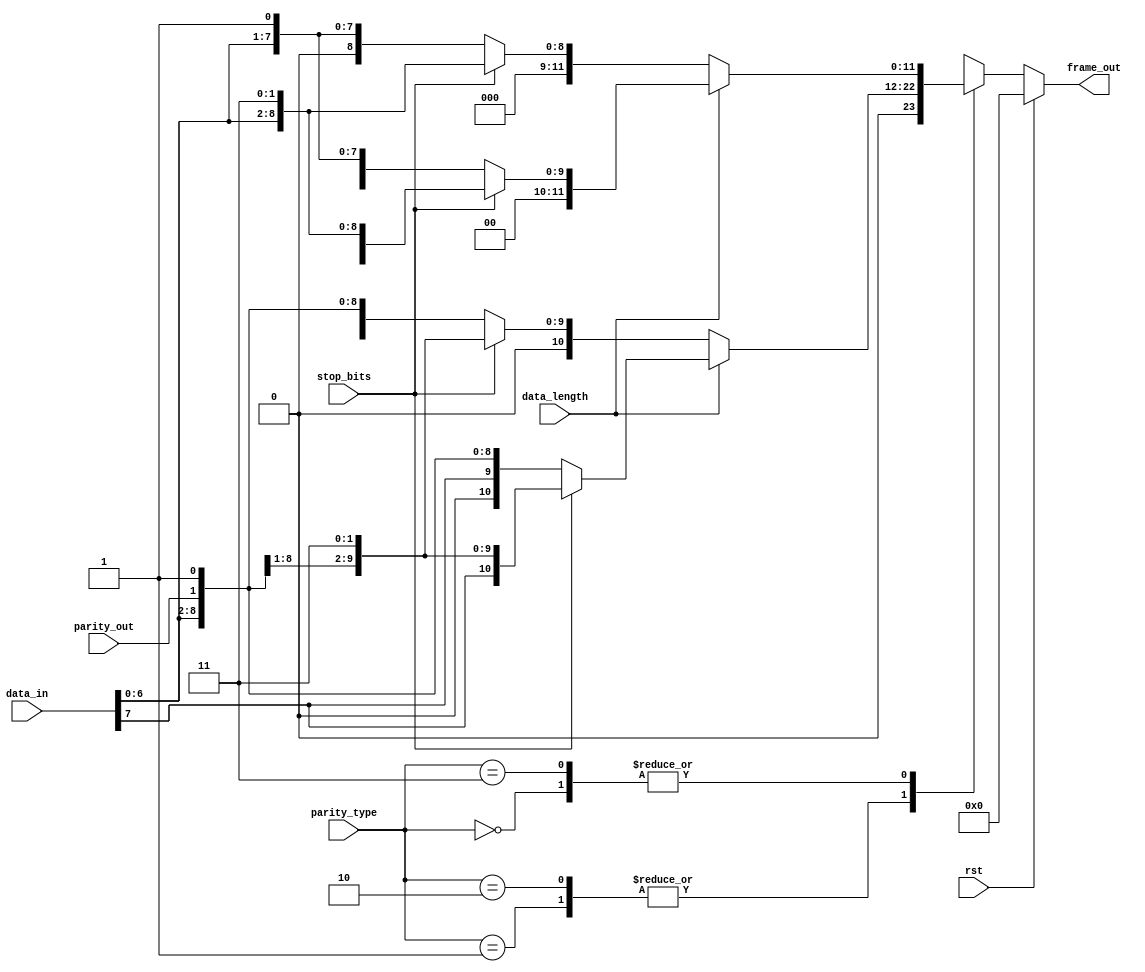
module frame_gen  (rst, data_in, parity_out, parity_type, stop_bits, data_length, frame_out);
input [7:0] data_in; 
input [1:0] parity_type; //refer to the block comment above. 
input rst,stop_bits; //low when using 1 stop bit, high when using two stop bits.
input parity_out,data_length; //low when using 7 data bits, high when using 8.
output reg [11:0] frame_out;
reg stop=1;
reg start=0;
reg [3:0] i;
reg [3:0] width = 8;
reg [7:0] x; // save the reversed data
always@(*)
begin
/*
if (data_length)
	begin
	for (i=0;i<width;i=i+1)
	x[i] = data_in[(width-1)-i];
	end
else
	begin
	for (i=0;i<width-1;i=i+1)
	x[i] = data_in[(width-2)-i];
	end
*/
x=data_in;
end



always @(*)
begin
if (rst) frame_out <= 12'b0;
else 
begin
	case(parity_type)
	2'b00:
	begin
	if (data_length)
	begin
		if (stop_bits) frame_out <= {start,x,stop,stop};
		else frame_out <= {start,x,stop};
	end
	else
	begin
		if (stop_bits) frame_out <= {start,x[6:0],stop,stop};
		else frame_out <= {start,x[6:0],stop};
	end		
	end
	2'b01:
	begin
	if (data_length)
	begin
		if (stop_bits) frame_out <= {start,x,parity_out,stop,stop};
		else frame_out <= {start,x,parity_out,stop};
	end
	else
	begin
		if (stop_bits) frame_out <= {start,x[6:0],parity_out,stop,stop};
		else frame_out <= {start,x[6:0],parity_out,stop};
	end		
	end
	2'b10:
	begin
	if (data_length)
	begin
		if (stop_bits) frame_out <= {start,x,parity_out,stop,stop};
		else frame_out <= {start,x,parity_out,stop};
	end
	else
	begin
		if (stop_bits) frame_out <= {start,x[6:0],parity_out,stop,stop};
		else frame_out <= {start,x[6:0],parity_out,stop};
	end		
	end
	2'b11:
	begin
	if (data_length)
	begin
		if (stop_bits) frame_out <= {start,x,stop,stop};
		else frame_out <= {start,x,stop};
	end
	else
	begin
		if (stop_bits) frame_out <= {start,x[6:0],stop,stop};
		else frame_out <= {start,x[6:0],stop};
	end		
	end
	endcase
end
end
endmodule